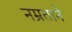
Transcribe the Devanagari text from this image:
नम्रताने